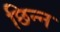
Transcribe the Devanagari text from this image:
छिन्‍न